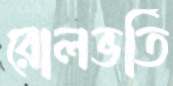
রোলভর্তি